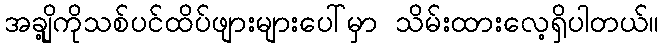
အချို့ကိုသစ်ပင်ထိပ်ဖျားများပေါ်မှာ သိမ်းထားလေ့ရှိပါတယ်။